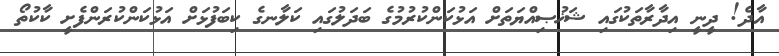
އާދެ! ދީނީ އިދާރާތަކުގައި ޝަޚުޞިއްޔަތަށް އަޅުކަންކުރުމުގެ ބަދަލުގައި ކަލާނގެ ކިބަފުޅަށް އަޅުކަންކުރަންފެށީ ކާކުތޯ